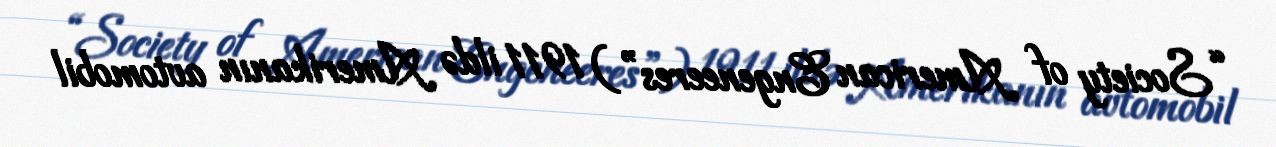
“Society of American Engeneeres”) 1911 ildə Amerikanın avtomobil